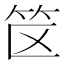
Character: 𬔯